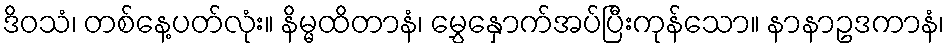
ဒိဝသံ၊ တစ်နေ့ပတ်လုံး။ နိမ္မထိတာနံ၊ မွှေနှောက်အပ်ပြီးကုန်သော။ နာနာဥဒကာနံ၊